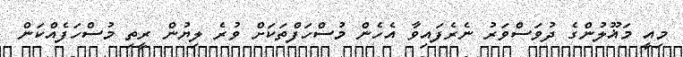
މިއީ މަޣޫލުންގެ ދުވަސްވަރު ނެރެފައިވާ އެހެން މުސްހަފްތަކަށް ވުރެ ލިޔުން ރީތި މުސްހަފެއްކަން